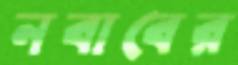
নবাবের